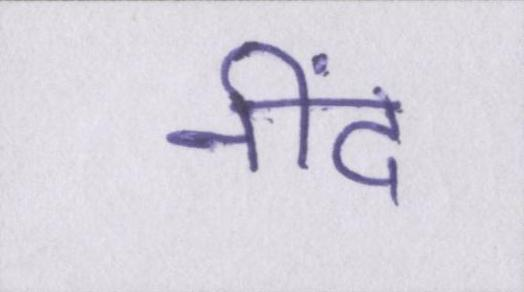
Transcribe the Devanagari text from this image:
नींद